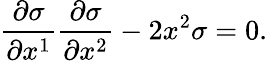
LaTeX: {\frac{\partial\sigma}{\partial x^{1}}}{\frac{\partial\sigma}{\partial x^{2}}}-2x^{2}\sigma=0.